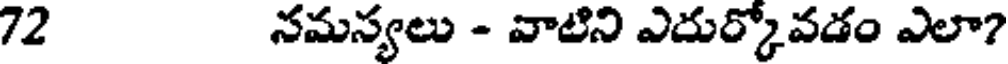
72 నమస్యలు - వాటిని ఎదుర్కోవడం ఎలా?